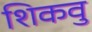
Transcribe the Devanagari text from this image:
शिकवु